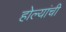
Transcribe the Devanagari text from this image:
होल्यांची